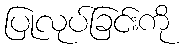
ပြုလုပ်ခြင်းကို